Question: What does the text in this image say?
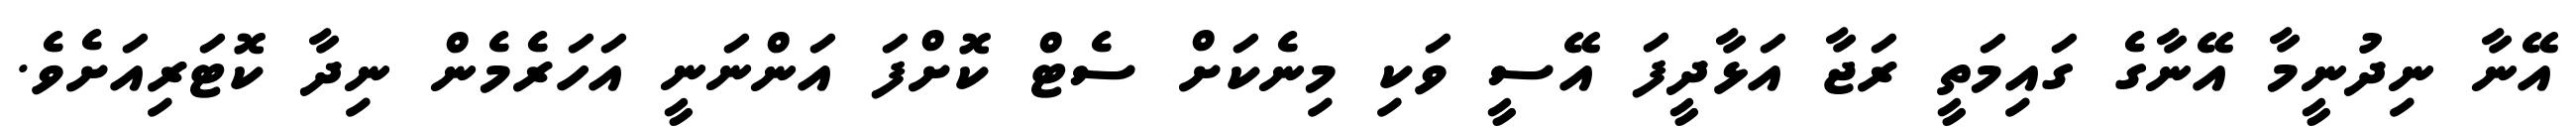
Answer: އޭނާ ނިދުނީމާ އޭނާގެ ގައިމަތީ ރަޖާ އަޅާދީފަ އޭސީ ވަކި މިނެކަށް ސެޓް ކޮށްފަ އަންނަނީ އަހަރެމެން ނިދާ ކޮޓަރިއަށެވެ.